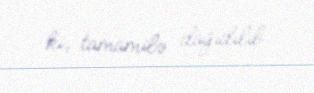
ki, tamamilə dağıdılıb.